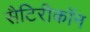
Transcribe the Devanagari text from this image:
सैटिरीकॉन